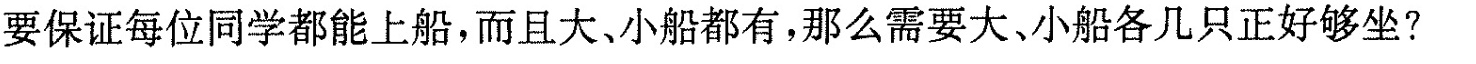
要保证每位同学都能上船，而且大、小船都有，那么需要大、小船各几只正好够坐?